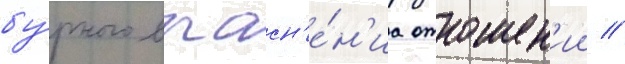
бу́рного выасн'е́н'иа отношен'ии //